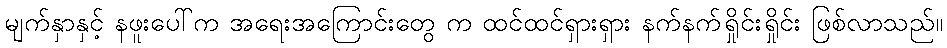
မျက်နှာနှင့် နဖူးပေါ်က အရေးအကြောင်းတွေ က ထင်ထင်ရှားရှား နက်နက်ရှိုင်းရှိုင်း ဖြစ်လာသည်။